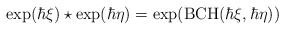
\begin{align*} \exp(\hbar\xi) \star \exp(\hbar\eta) = \exp(\mathrm{BCH}(\hbar\xi, \hbar\eta)) \end{align*}